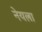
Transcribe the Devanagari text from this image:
नेयला